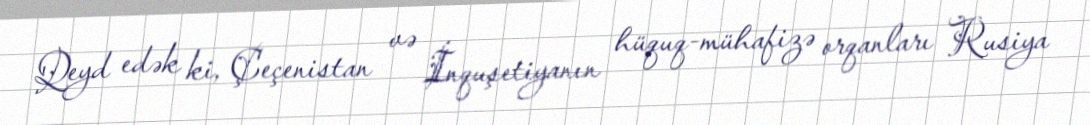
Qeyd edək ki, Çeçenistan və İnquşetiyanın hüquq-mühafizə orqanları Rusiya